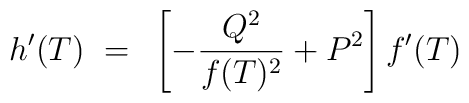
h'(T)~=~\left[{-{Q^2\over{f(T)^2}}}+P^2\right] f'(T)